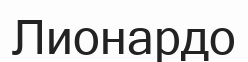
Лионардо